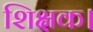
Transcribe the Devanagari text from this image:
शिक्षक।